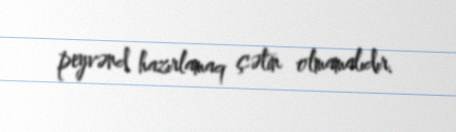
peyvənd hazırlamaq çətin olmamalıdır.